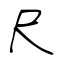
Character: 尺